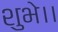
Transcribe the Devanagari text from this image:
शुभे।।